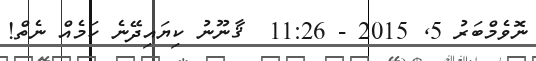
ނޮވެމްބަރު 5